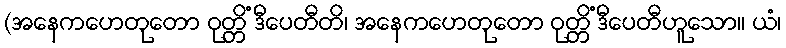
(အနေကဟေတုတော ဝုတ္တိံ ဒီပေတီတိ၊ အနေကဟေတုတော ဝုတ္တိံ ဒီပေတီဟူသော။ ယံ၊